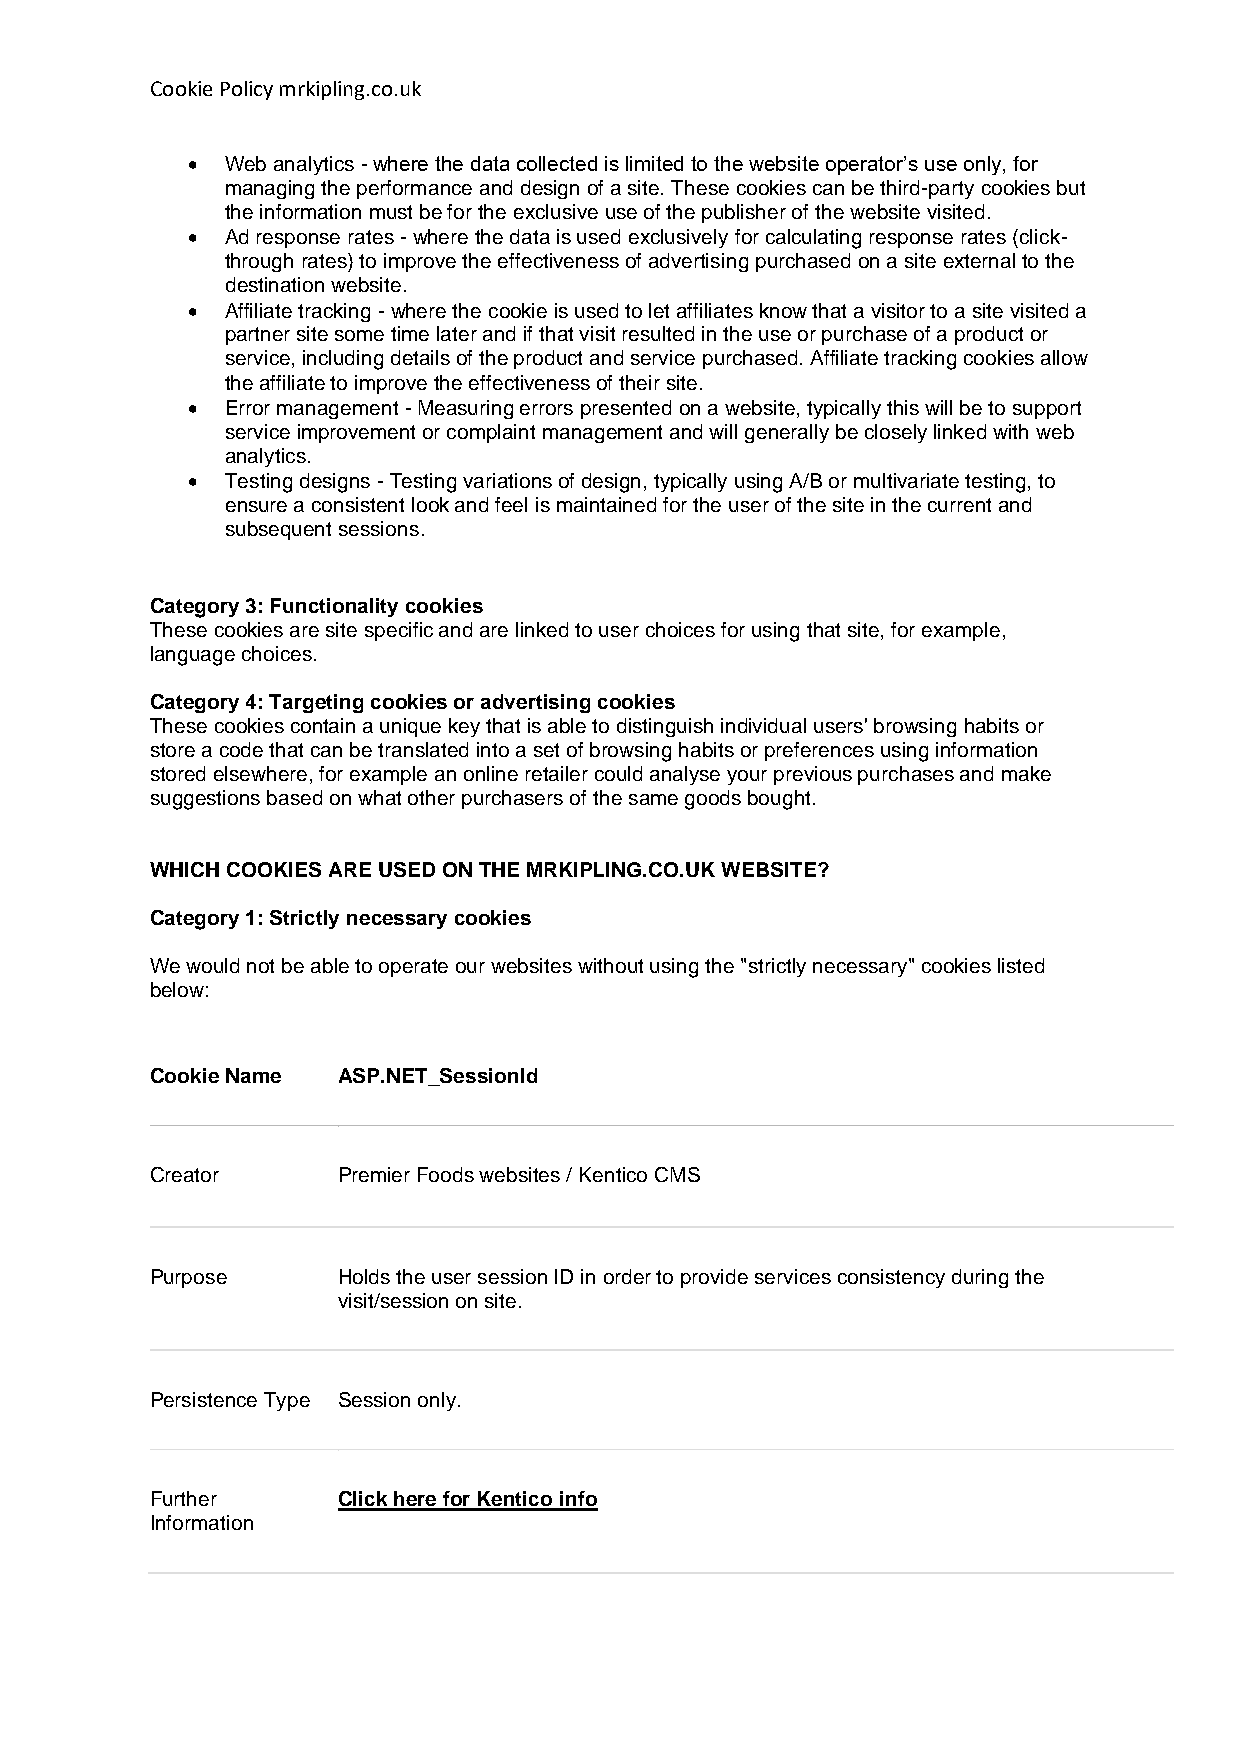
Cookie Policy mrkipling.co.uk
 •  Web analytics - where the data collected is limited to the website operator’s use only, for
 managing the performance and design of a site. These cookies can be third-party cookies but
 the information must be for the exclusive use of the publisher of the website visited.
 •  Ad response rates - where the data is used exclusively for calculating response rates (click-
 through rates) to improve the effectiveness of advertising purchased on a site external to the
 destination website.
 •  Affiliate tracking - where the cookie is used to let affiliates know that a visitor to a site visited a
 partner site some time later and if that visit resulted in the use or purchase of a product or
 service, including details of the product and service purchased. Affiliate tracking cookies allow
 the affiliate to improve the effectiveness of their site.
 •  Error management - Measuring errors presented on a website, typically this will be to support
 service improvement or complaint management and will generally be closely linked with web
 analytics.
 •  Testing designs - Testing variations of design, typically using A/B or multivariate testing, to
 ensure a consistent look and feel is maintained for the user of the site in the current and
 subsequent sessions.
 Category 3: Functionality cookies
 These cookies are site specific and are linked to user choices for using that site, for example,
 language choices.
 Category 4: Targeting cookies or advertising cookies
 These cookies contain a unique key that is able to distinguish individual users' browsing habits or
 store a code that can be translated into a set of browsing habits or preferences using information
 stored elsewhere, for example an online retailer could analyse your previous purchases and make
 suggestions based on what other purchasers of the same goods bought.
 WHICH COOKIES ARE USED ON THE MRKIPLING.CO.UK WEBSITE?
 Category 1: Strictly necessary cookies
 We would not be able to operate our websites without using the "strictly necessary" cookies listed
 below:
 Cookie Name ASP.NET_SessionId
 Creator     Premier Foods websites / Kentico CMS
 Purpose     Holds the user session ID in order to provide services consistency during the
 visit/session on site.
 Persistence Type Session only.
 Further     Click here for Kentico info
 Information